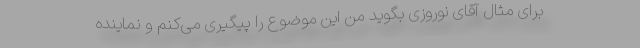
برای مثال آقای نوروزی بگوید من این موضوع را پیگیری می‌کنم و نماینده